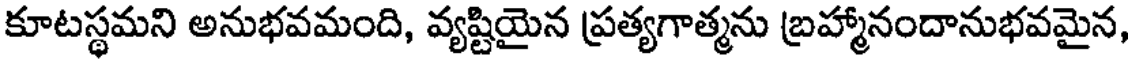
కూటస్థమని అనుభవమంది, వ్యష్టియైన ప్రత్యగాత్మను బ్రహ్మానందానుభవమైన,